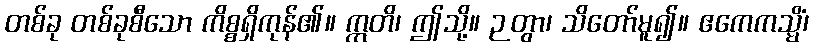
တစ်ခု တစ်ခုစီသော ကိစ္စရှိကုန်၏။ ဣတိ၊ ဤသို့။ ဉတွာ၊ သိတော်မူ၍။ ဧကေကသ္မိံ၊